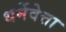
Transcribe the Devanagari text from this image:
धर्मेवेत्ता